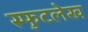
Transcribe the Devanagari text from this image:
स्फुटलेख